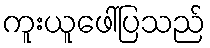
ကူးယူဖေါ်ပြသည်